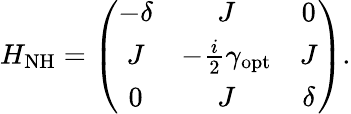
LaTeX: H_{\mathrm{NH}}=\left(\begin{array}{ccc}{-\delta}&{J}&{0}\\ {J}&{-\frac{i}{2}\gamma_{\mathrm{opt}}}&{J}\\ {0}&{J}&{\delta}\end{array}\right).